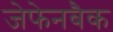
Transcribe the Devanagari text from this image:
जेफेनबैक